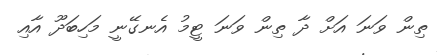
ތިން ވަނަ އަށް ދާ ތިން ވަނަ ޓީމު އެނގޭނީ މަހިބަދޫ އާއި